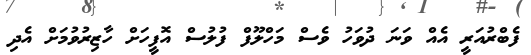
ފެބްރުއަރީ އެއް ވަނަ ދުވަހު ވެސް މަހްލޫފް ފުލުސް އޮފީހަށް ހާޒިރުވުމަށް އެދި